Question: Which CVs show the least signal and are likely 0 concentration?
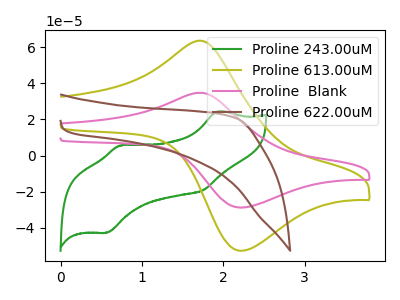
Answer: <think>The green curve "Proline 243.00uM" has anodic peaks at (1.95V, 24.50uA) (0.75V, 5.50uA) and cathodic peaks at (1.75V, -19.25uA) (0.55V, -42.85uA). The olive curve "Proline 613.00uM" has an anodic peak at (1.70V, 63.75uA) and a cathodic peak at (2.20V, -52.85uA). The pink curve "Proline  Blank" has an anodic peak at (1.70V, 34.85uA) and a cathodic peak at (2.20V, -28.90uA). The brown curve "Proline 622.00uM" has no peaks.</think>
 <answer>"Proline 622.00uM" is likely to be a blank.</answer>
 <eval>Proline 622.00uM</eval>